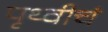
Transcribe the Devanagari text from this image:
पृथ्वीचं